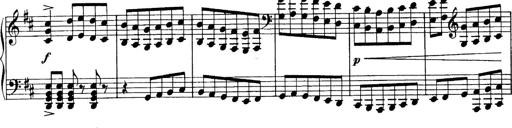
Title: Sonatina No.6
Composer: Ferruccio Busoni